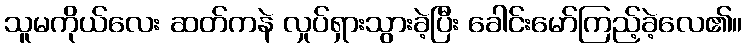
သူမကိုယ်လေး ဆတ်ကနဲ လှုပ်ရှားသွားခဲ့ပြီး ခေါင်းမော်ကြည့်ခဲ့လေ၏။